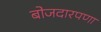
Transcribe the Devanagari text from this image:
बोजदारपणा